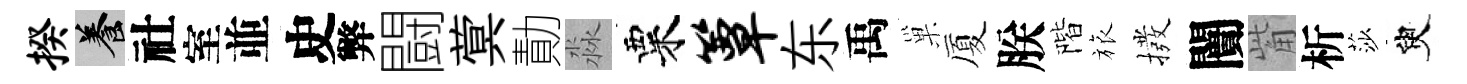
揆養社室並史弊闘蓂勣淼粟簟东禹巢厦朕階旅撥闠觜析莎臾